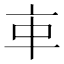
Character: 𠅊